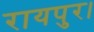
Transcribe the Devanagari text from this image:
रायपुर।